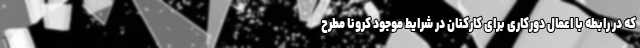
که در رابطه با اعمال دورکاری برای کارکنان در شرایط موجود کرونا مطرح